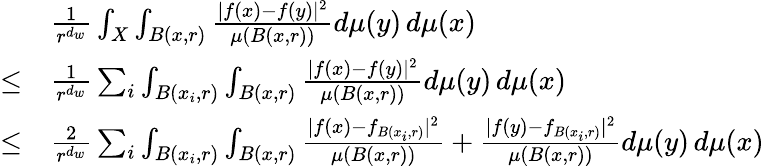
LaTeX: \begin{array}{rl}&{\frac{1}{r^{d_{w}}}\int_{X}\int_{B(x,r)}\frac{|f(x)-f(y)|^{2}}{\mu(B(x,r))}d\mu(y)\, d\mu(x)}\\ {\leq}&{\frac{1}{r^{d_{w}}}\sum_{i}\int_{B(x_{i},r)}\int_{B(x,r)}\frac{|f(x)-f(y)|^{2}}{\mu(B(x,r))}d\mu(y)\, d\mu(x)}\\ {\leq}&{\frac{2}{r^{d_{w}}}\sum_{i}\int_{B(x_{i},r)}\int_{B(x,r)}\frac{|f(x)-f_{B(x_{i},r)}|^{2}}{\mu(B(x,r))}+\frac{|f(y)-f_{B(x_{i},r)}|^{2}}{\mu(B(x,r))}d\mu(y)\, d\mu(x)}\end{array}